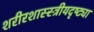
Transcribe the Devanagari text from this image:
शरीरशास्स्त्रीयदृष्ट्या